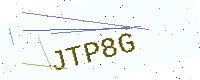
Text: JTP8G